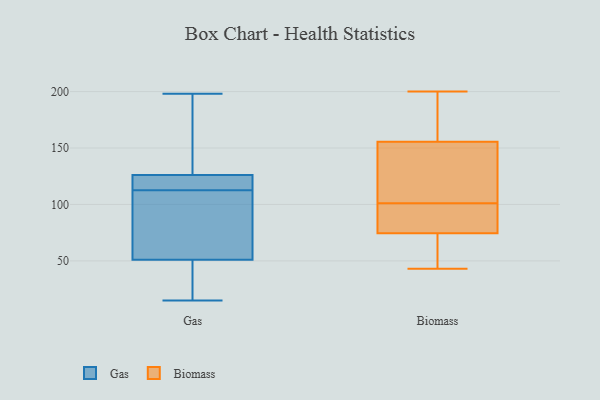
{"axis": {"x": "Population (Million)", "y": "Value"}, "legend": ["Biomass", "Gas"], "data": [{"x": "", "y": 60, "type": "Gas"}, {"x": "", "y": 15, "type": "Gas"}, {"x": "", "y": 123, "type": "Gas"}, {"x": "", "y": 59, "type": "Gas"}, {"x": "", "y": 126, "type": "Gas"}, {"x": "", "y": 30, "type": "Gas"}, {"x": "", "y": 168, "type": "Gas"}, {"x": "", "y": 198, "type": "Gas"}, {"x": "", "y": 51, "type": "Gas"}, {"x": "", "y": 107, "type": "Gas"}, {"x": "", "y": 35, "type": "Gas"}, {"x": "", "y": 135, "type": "Gas"}, {"x": "", "y": 118, "type": "Gas"}, {"x": "", "y": 124, "type": "Gas"}, {"x": "", "y": 89, "type": "Biomass"}, {"x": "", "y": 192, "type": "Biomass"}, {"x": "", "y": 55, "type": "Biomass"}, {"x": "", "y": 163, "type": "Biomass"}, {"x": "", "y": 94, "type": "Biomass"}, {"x": "", "y": 118, "type": "Biomass"}, {"x": "", "y": 70, "type": "Biomass"}, {"x": "", "y": 79, "type": "Biomass"}, {"x": "", "y": 134, "type": "Biomass"}, {"x": "", "y": 43, "type": "Biomass"}, {"x": "", "y": 110, "type": "Biomass"}, {"x": "", "y": 200, "type": "Biomass"}, {"x": "", "y": 153, "type": "Biomass"}, {"x": "", "y": 196, "type": "Biomass"}, {"x": "", "y": 101, "type": "Biomass"}, {"x": "", "y": 76, "type": "Biomass"}, {"x": "", "y": 63, "type": "Biomass"}]}